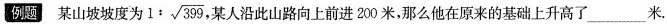
例题：某山坡坡度为 1: \sqrt{399} 某人沿此山路向上前进200米，那么他在原来的基础上升高了___米。